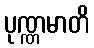
ပုဏ္ဏမာတိ